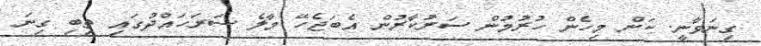
ގިނަވާނީ. ކަން މިހެން ހުރުމުން ސަރުކާރުން އެބަޖެހޭ މާލެ ސަރަހައްދުގައި ތިބި ގިނަ